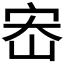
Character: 𫳁